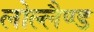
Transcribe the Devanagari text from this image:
लोल्लैण्ड